Mentally defective children, 1931
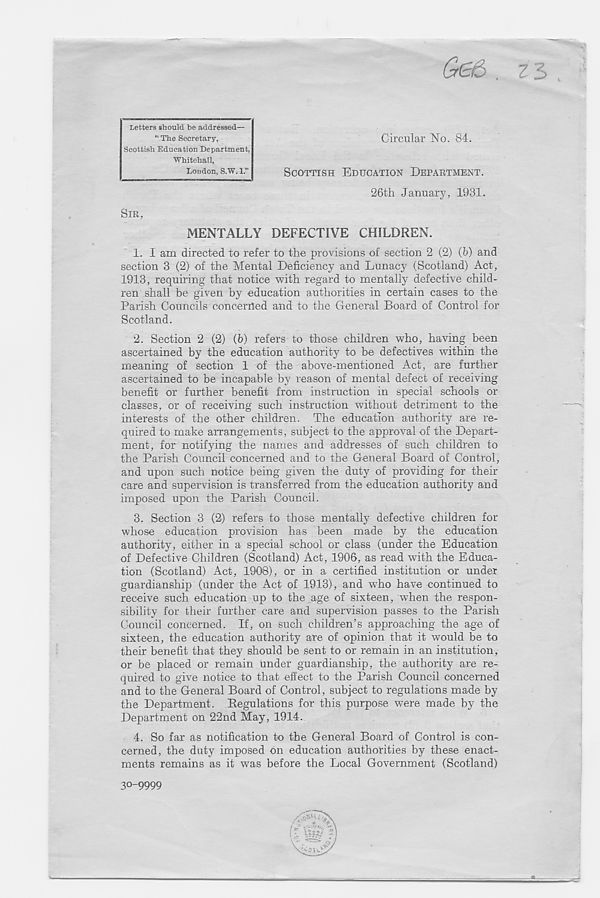
Circular No. 84.
SCOTTISH EDUCATION DEPARTMENT.
26th January, 1931.
SIR,
MENTALLY DEFECTIVE CHILDREN.
1. I am directed to refer to the provisions of section 2 (2) (b) and
section 3 (2) of the Mental Deficiency and Lunacy (Scotland) Act,
1913, requiring that notice with regard to mentally defective child-
ren shall be given by education authorities in certain cases to the
Parish Councils concerned and to the General Board of Control for
Scotland.
2. Section 2 (2) (b) refers to those children who, having been
ascertained by the education authority to be defectives within the
meaning of section 1 of the above-mentioned Act, are further
ascertained to be incapable by reason of mental defect of receiving
benefit or further benefit from instruction in special schools or
classes, or of receiving such instruction without detriment to the
interests of the other children. The education authority are re-
quired to make arrangements, subject to the approval of the Depart-
ment, for notifying the names and addresses of such children to
the Parish Council concerned and to the General Board of Control,
and upon such notice being given the duty of providing for their
care and supervision is transferred from the education authority and
imposed upon the Parish Council.
3. Section 3 (2) refers to those mentally defective children for
whose education provision has been made by the education
authority, either in a special school or class (under the Education
of Defective Children (Scotland) Act, 1906, as read with the Educa-
tion (Scotland) Act, 1908), or in a certified institution or under
guardianship (under the Act of 1913), and who have continued to
receive such education up to the age of sixteen, when the respon-
sibility for their further care and supervision passes to the Parish
Council concerned. If, on such children’s approaching the age of
sixteen, the education authority are of opinion that it would be to
their benefit that they should be sent to or remain in an institution,
or be placed or remain under guardianship, the authority are re-
quired to give notice to that effect to the Parish Council concerned
and to the General Board of Control, subject to regulations made by
the Department. Regulations for this purpose were made by the
Department on 22nd May, 1914.
4. So far as notification to the General Board of Control is con-
cerned, the duty imposed on education authorities by these enact-
ments remains as it was before the Local Government (Scotland)
Letters should be addressed—
“ The Secretary,
Scottish Education Department,
Whitehall,
Loudon, S.W. 1.”
30-9999